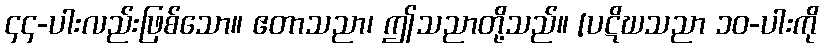
၄၄-ပါးလည်းဖြစ်သော။ ဧတာသညာ၊ ဤသညာတို့သည်။ [ပဋိဃသညာ ၁၀-ပါးကို